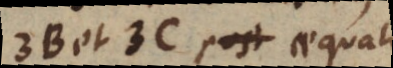
et C post aequali